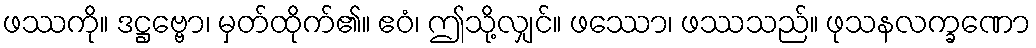
ဖဿကို။ ဒဋ္ဌဗ္ဗော၊ မှတ်ထိုက်၏။ ဧဝံ၊ ဤသို့လျှင်။ ဖဿော၊ ဖဿသည်။ ဖုသနလက္ခဏော